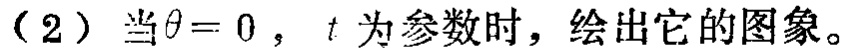
（2）当$\theta = 0$，$t$ 为参数时，绘出它的图象。